Senior Leaving Certificate Examination (including Day School Certificate (Higher) General paper), 1949
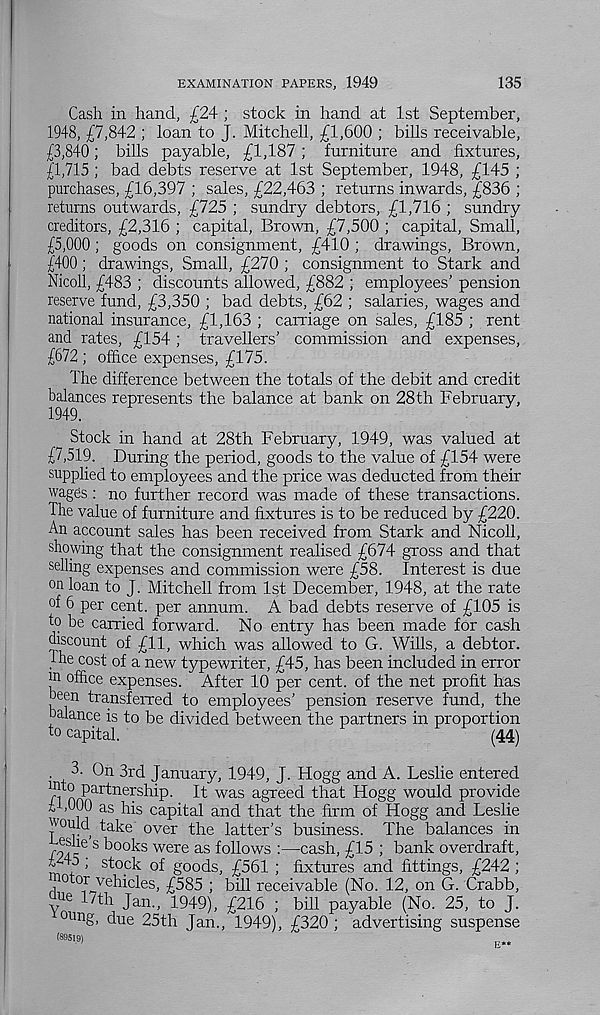
EXAMINATION PAPERS, 1949
135
Cash in hand, £24 ; stock in hand at 1st September,
1948, £7,842 ; loan to J. Mitchell, £1,600 ; bills receivable,
£3,840; bills payable, £1,187; furniture and fixtures,
£1,715 ; bad debts reserve at 1st September, 1948, £145 ;
purchases, £16,397 ; sales, £22,463 ; returns inwards, £836 ;
returns outwards, £725 ; sundry debtors, £1,716 ; sundry
creditors, £2,316 ; capital, Brown, £7,500 ; capital, Small,
£5,000; goods on consignment, £410 ; drawings, Brown,
£400; drawings, Small, £270 ; consignment to Stark and
Nicoll, £483 ; discounts allowed, £882 ; employees’ pension
reserve fund, £3,350 ; bad debts, £62 ; salaries, wages and
national insurance, £1,163 ; carriage on sales, £185 ; rent
and rates, £154; travellers’ commission and expenses,
£672 ; office expenses, £175.
The difference between the totals of the debit and credit
balances represents the balance at bank on 28th February,
1949.
Stock in hand at 28th February, 1949, was valued at
£7,519. During the period, goods to the value of £154 were
supplied to employees and the price was deducted from their
wages: no further record was made of these transactions.
The value of furniture and fixtures is to be reduced by £220.
An account sales has been received from Stark and Nicoll,
showing that the consignment realised £674 gross and that
selling expenses and commission were £58. Interest is due
on loan to J. Mitchell from 1st December, 1948, at the rate
of 6 per cent, per annum. A bad debts reserve of £105 is
io be carried forward. No entry has been made for cash
discount of £11, which was allowed to G. Wills, a debtor,
the cost of a new typewriter, £45, has been included in error
in office expenses. After 10 per cent, of the net profit has
been transferred to employees’ pension reserve fund, the
balance is to be divided between the partners in proportion
fo capital.
(44)
3. On 3rd January, 1949, J. Hogg and A. Leslie entered
l 1 ™ P ar t ne rship. It was agreed that Hogg would provide
H.OOO as his capital and that the firm of Hogg and Leslie
would take over the latter’s business. The balances in
/wk S ^0 0^s were as follows :—cash, £15 ; bank overdraft,
i
, stock of goods, £561 ; fixtures and fittings, £242 ;
,1 0 or ve hicles, £585 ; bill receivable (No. 12, on G. Crabb,
y' 17th Jan., 1949), £216 ; bill payable (No. 25, to J.
oun g, due 25th Jan., 1949), £320 ; advertising suspense